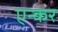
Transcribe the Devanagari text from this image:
एन्कर